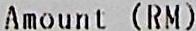
AMOUNT (RM)